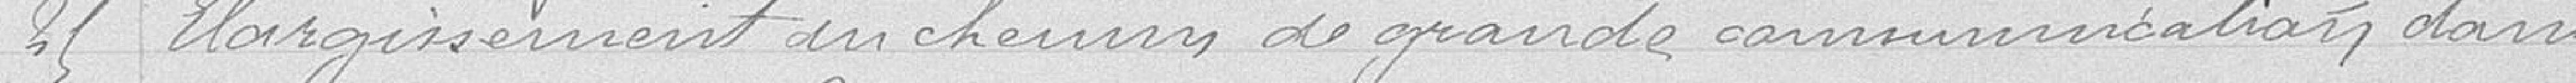
25 Elargissement du chemin de grande communication dans